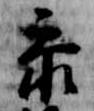
参